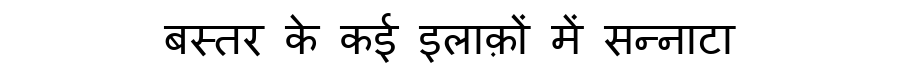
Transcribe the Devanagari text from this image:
बस्तर के कई इलाक़ों में सन्नाटा